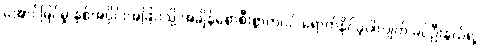
အောင်မြင်မှု နှစ်အပိုင်းအခြားသို့ အချိန်စောစီးစွာကပင် ရောက်နိုင်ခဲ့ပါလျက် ခင်ဦးနွယ်ရဲ့